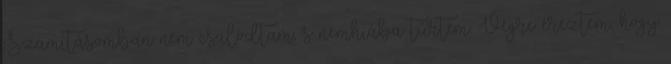
Számításomban nem csalódtam, s nemhiába tűrtem. Végre éreztem, hogy